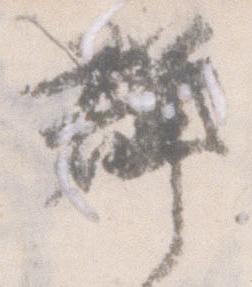
群